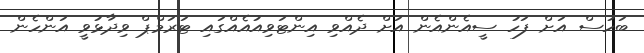
ބަހުސް އަށް ފަހު ސީއެންއެން އަށް ދެއްވި އިންޓަވިއުއެއްގައި ޓަރަމްޕް ވިދާޅުވީ އަންހެން